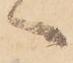
へ